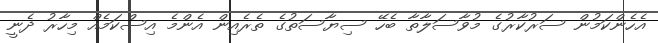
އެހެންކަމުން ސަރުކާރުގެ މުވާސަލާތާ ބެހޭ ސިޔާސަތުގެ ތެރެއިން އެންމެ އިސްކަމެއް މިހާރު ދެނީ